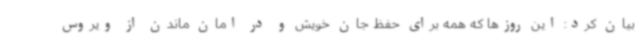
بیان کرد: این روزها که همه برای حفظ جان خویش و در امان ماندن از ویروس